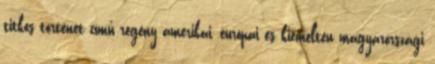
titkos történet című regény amerikai, európai és kiemelten magyarországi